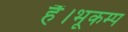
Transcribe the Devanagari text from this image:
हैं।भूकम्प